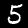
Label: 5